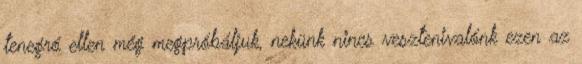
tenegró ellen még megpróbáljuk, nekünk nincs vesztenivalónk ezen az